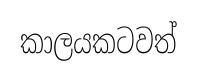
කාලයකටවත්